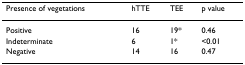
| Presence of vegetations | hTTE | TEE | p value |
 | --- | --- | --- | --- |
 | Positive | 16 | 19* | 0.46 |
 | Indeterminate | 6 | 1* | <0.01 |
 | Negative | 14 | 16 | 0.47 |